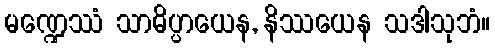
မဏ္ဍေဿံ သာဓိပ္ပာယေန, နိဿယေန သဒါသုဘံ။